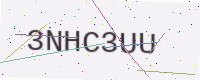
Text: 3NHC3UU